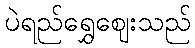
ပဲရည်ရွှေဈေးသည်